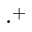
\cdot ^ { + }